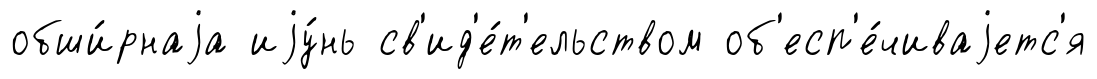
обши́рнаjа иjу́нь св'ид'е́т'ельством об'есп'е́чиваjетс'я